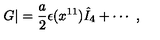
G | = { \frac { a } { 2 } } \epsilon ( x ^ { 1 1 } ) { \hat { I } } _ { 4 } + \cdots \ ,